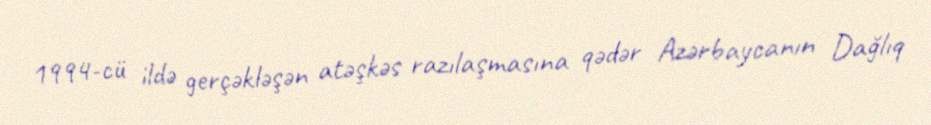
1994-cü ildə gerçəkləşən atəşkəs razılaşmasına qədər Azərbaycanın Dağlıq